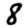
Digit: 8